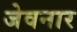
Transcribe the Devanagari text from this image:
जेवनार